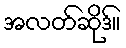
အလတ်ဆိုဒ်။